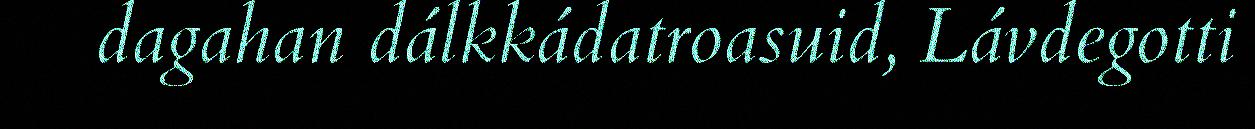
dagahan dálkkádatroasuid, Lávdegotti